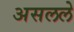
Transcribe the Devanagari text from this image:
असलले